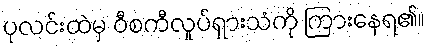
ပုလင်းထဲမှ ဝီစကီလှုပ်ရှားသံကို ကြားနေရ၏။